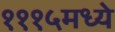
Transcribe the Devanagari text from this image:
१११५मध्ये